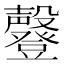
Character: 𣫤